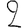
Digit: 2